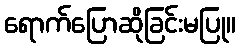
ရောက်ပြောဆိုခြင်းမပြု။